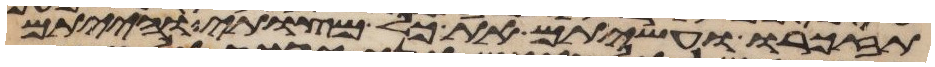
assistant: תזכרו ועשיתם את כל מצותי והייתם